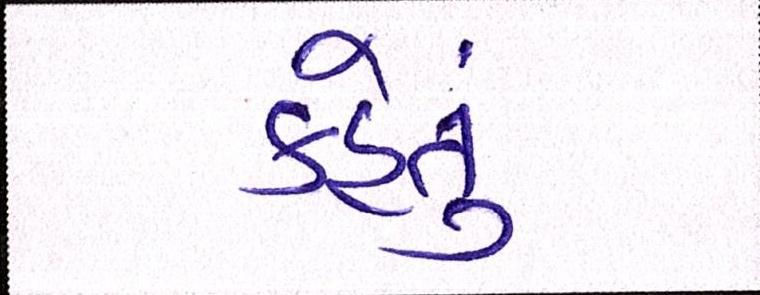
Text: કહેતું